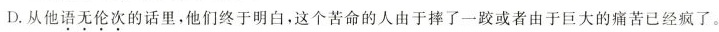
3D.从他语无伦次的话里，他们终于明白，这个苦命的人由于摔了一跤或者由于巨大的痛苦已经疯了。